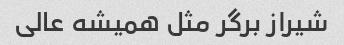
شیراز برگر مثل همیشه عالی